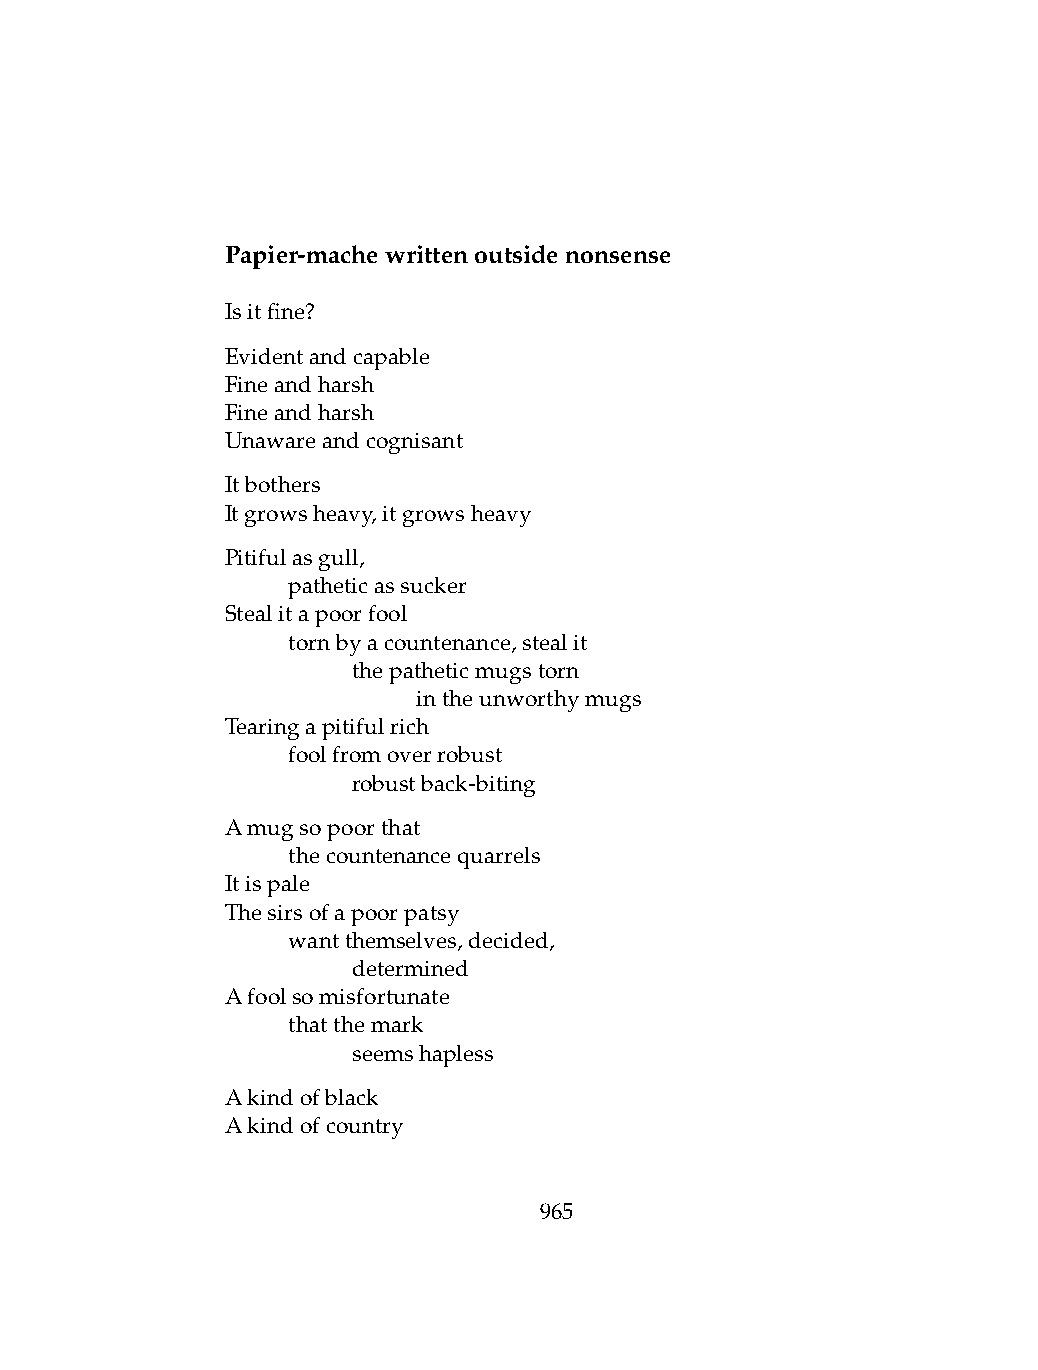
Papier-machewrittenoutsidenonsense
 Isitfine?
 Evidentandcapable
 Fineandharsh
 Fineandharsh
 Unawareandcognisant
 Itbothers
 Itgrowsheavy,itgrowsheavy
 Pitifulasgull,
 .   patheticassucker
 Stealitapoorfool
 .   tornbyacountenance,stealit
 .   .   thepatheticmugstorn
 .   .   .    intheunworthymugs
 Tearingapitifulrich
 .   foolfromoverrobust
 .   .   robustback-biting
 Amugsopoorthat
 .   thecountenancequarrels
 Itispale
 Thesirsofapoorpatsy
 .   wantthemselves,decided,
 .   .   determined
 Afoolsomisfortunate
 .   thatthemark
 .   .   seemshapless
 Akindofblack
 Akindofcountry
 965